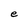
Character: e